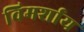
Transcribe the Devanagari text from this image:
विमर्शाय